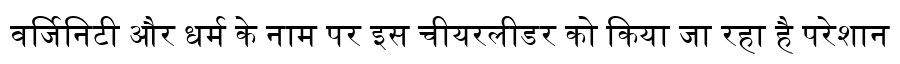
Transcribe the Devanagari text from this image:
वर्जिनिटी और धर्म के नाम पर इस चीयरलीडर को किया जा रहा है परेशान